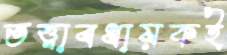
তত্ত্বাবধায়কই